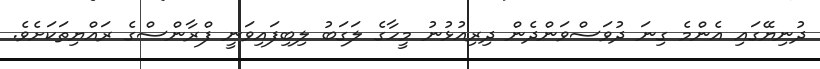
ދުނިޔޭގައި އެންމެ ގިނަ ދުވަސްވަންދެން ދިރިއުޅުނު މީހާގެ ލަގަބު ލިބިފައިވަނީ ފްރާންސްގެ ރައްޔިތަކަށެވެ.